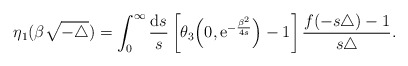
\begin{align*}\eta_{1} (\beta \sqrt{-\triangle})=\int_0^\infty { {\mathrm{d}} s\over s}\left[\theta_3\Big(0,{\mathrm e}^{-{\beta^2\over 4s}}\Big)-1\right]\frac{f(-s\triangle)-1}{s\triangle}.\end{align*}